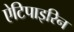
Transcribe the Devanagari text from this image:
ऐटिपाइरिन